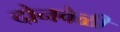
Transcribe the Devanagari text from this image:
दोनवेळी